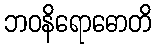
ဘဝနိရောဓောတိ